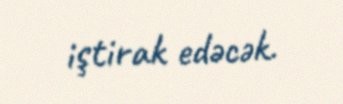
iştirak edəcək.